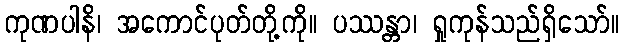
ကုဏပါနိ၊ အကောင်ပုတ်တို့ကို။ ပဿန္တာ၊ ရှုကုန်သည်ရှိသော်။